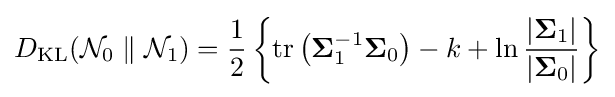
D_{\text{KL}}({\mathcal {N}}_{0}\parallel {\mathcal {N}}_{1})={1 \over 2}\left\{\operatorname {tr} \left({\boldsymbol {\Sigma }}_{1}^{-1}{\boldsymbol {\Sigma }}_{0}\right)-k+\ln {|{\boldsymbol {\Sigma }}_{1}| \over |{\boldsymbol {\Sigma }}_{0}|}\right\}